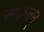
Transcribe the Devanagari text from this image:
अंकतन्